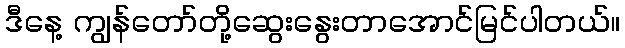
ဒီနေ့ ကျွန်တော်တို့ဆွေးနွေးတာအောင်မြင်ပါတယ်။